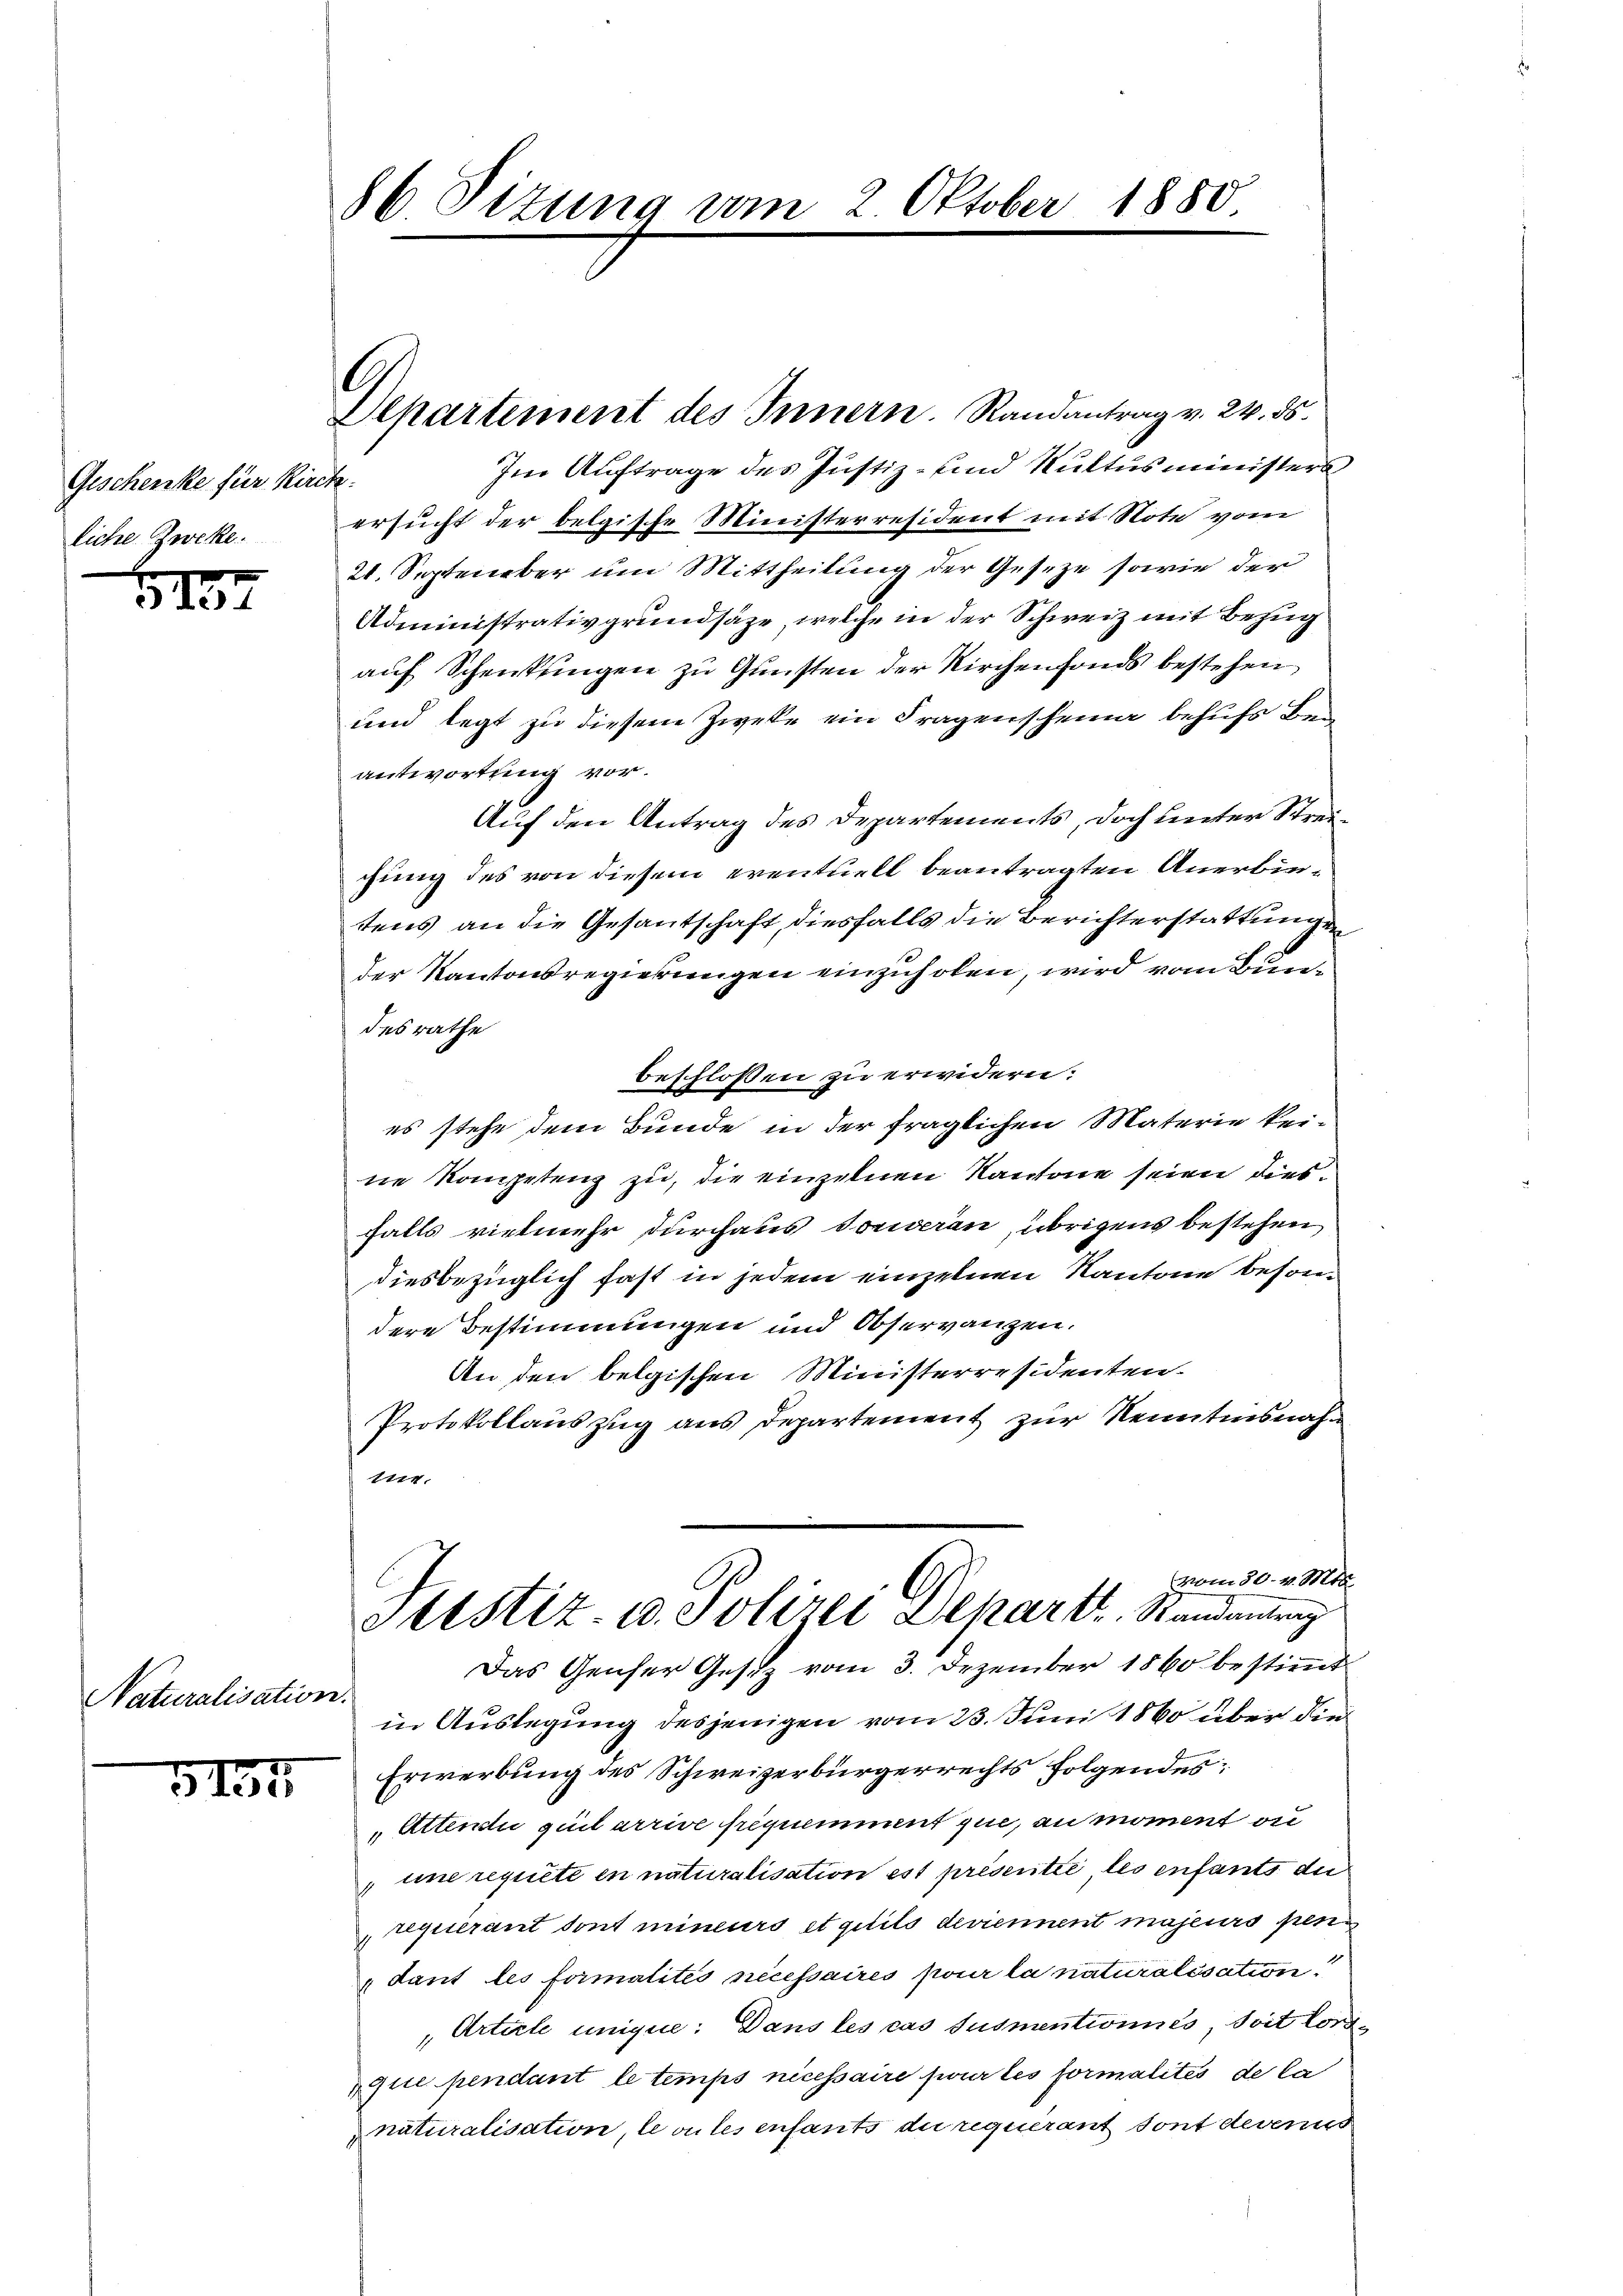
Geschenke für Kirch
liche Zweke.

1137

Naturalisation.

5155

86 Sizung vom 2 Oktober 1850

C

Departement des Innern. Randantrag v. 24. ds.
Im Auftrage des Justiz- und Kultusministers
ersucht der belgische Ministerresident mit Note vom
21. September um Mittheilung der Gesetze sowie der
Administrativ grundsäze, welche in der Schweiz mit Bezug
auf Schenkungen zu Gunsten der Kirchenfonds bestehen
und legt zu diesem Zweke ein Fragenscheina behufs Beantwortung vor.
Auf den Antrag des Departements, doch unter Streichung des von diesem eventuell beantragten Anerbintens an die Gesantschaft diesfalls die Berichterstattungen
der Kantonsregierungen einzuholen, wird vom Bundesrathe
beschlossen zu erwidern.
es stehe dem Bunde in der fraglichen Materie keine Kompetenz zu, die einzelnen Kantone seien diesfalls vielmehr durchaus Souveran, übrigens bestehen
diesbezüglich fast in jedem einzelnen Kantone besondere Bestimmungen und Observanzen.
An den belgischen Ministerresidenten.
Protokollauszug aus Departement zur Kenntnisnahm
1114.
(vom 30. v. Mit
Altstiz- u. Polizei Depart Randantrag
Das Genfer Gesitz vom 3. Dezember 1860 bestimmt
in Auslegung desjenigen vom 23. Juni 1860 über die
Erwerbung des Schweizerbürgerrechts folgendes¬
Attendii quil arrive frequement que, au moment ou
une requete en naturalisation est présentie les enfants die
requierant dont mineurs et quito deviennent majeurs pesen
dant les formalités necessaires pour la naturalisation
Article unique: Dans les cas susmentionnés soit lorsque pendant le temps nicessaire pour les formalités de la
naturalisation, le vules enfants du requérant sont devenus